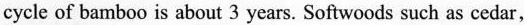
cycle of bamboo is about 3 years. Softwoods such as cedar,